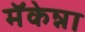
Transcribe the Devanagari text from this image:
मॅकेन्ना